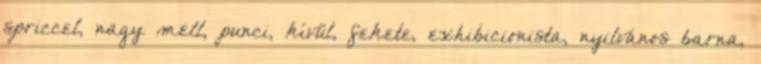
spriccel, nagy mell, punci, kívül, fekete, exhibicionista, nyilvános barna,